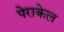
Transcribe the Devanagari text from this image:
पेराकेल